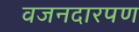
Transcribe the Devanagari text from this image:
वजनदारपण